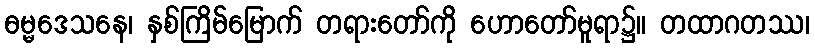
ဓမ္မဒေသနေ၊ နှစ်ကြိမ်မြောက် တရားတော်ကို ဟောတော်မူရာ၌။ တထာဂတဿ၊